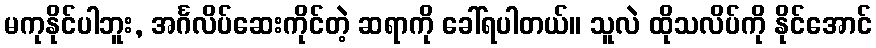
မကုနိုင်ပါဘူး, အင်္ဂလိပ်ဆေးကိုင်တဲ့ ဆရာကို ခေါ်ရပါတယ်။ သူလဲ ထိုသလိပ်ကို နိုင်အောင်